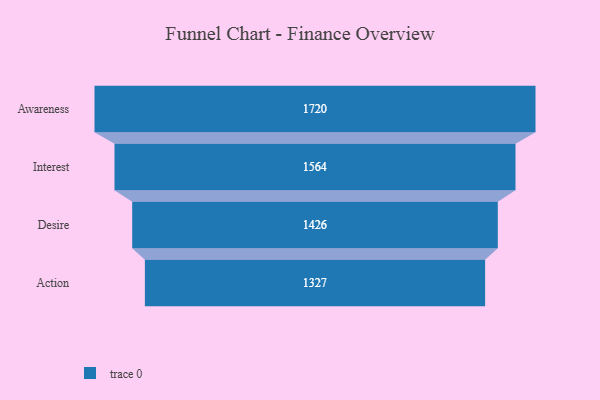
{"axis": {"x": "Stage", "y": "Value"}, "legend": [""], "data": [{"x": "Awareness", "y": 1720.0, "type": ""}, {"x": "Interest", "y": 1564.0, "type": ""}, {"x": "Desire", "y": 1426.0, "type": ""}, {"x": "Action", "y": 1327.0, "type": ""}]}